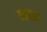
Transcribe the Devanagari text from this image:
लझाने